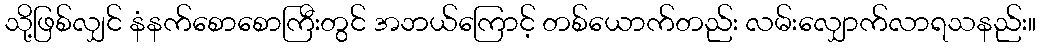
သို့ဖြစ်လျှင် နံနက်စောစောကြီးတွင် အဘယ်ကြောင့် တစ်ယောက်တည်း လမ်းလျှောက်လာရသနည်း။